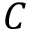
C